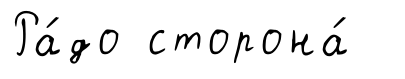
Ра́до сторона́